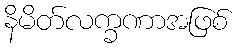
နိမိတ်လက္ခဏာအဖြစ်